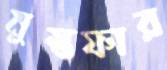
মুস্তফার